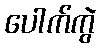
ပေါက်ကွဲ